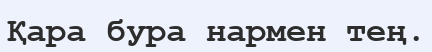
Қара бура нармен тең.